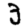
Digit: 3